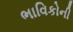
ભાવિકોની